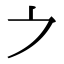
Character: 𪜊